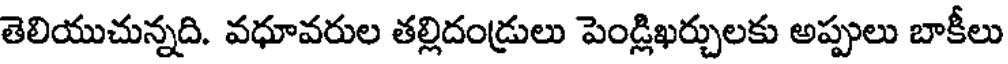
తెలియుచున్నది. వధూవరుల తల్లిదండ్రులు పెండ్లిఖర్చులకు అప్పులు బాకీలు